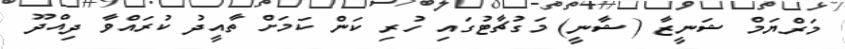
މަރްޔަމް ޝަނީޒާ (ޝާނީ) މަގުޗާޓުގައި ހުރި ކަން ކަމަށް ތާއީދު ކުރައްވާ ދިއްދޫ